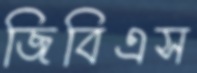
জিবিএস